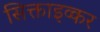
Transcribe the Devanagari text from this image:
सिक्ताइव्कर